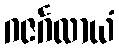
ဂဇင်္ဂလာယံ